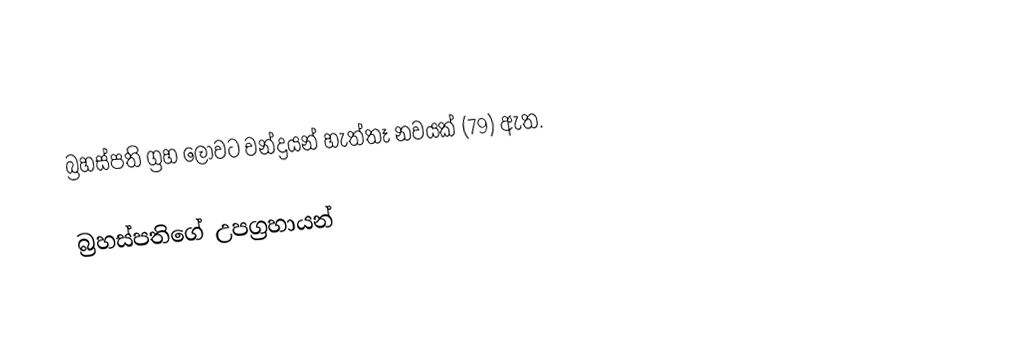
බ්‍රහස්පති ග්‍රහ ලොවට චන්ද්‍රයන් හැත්තෑ නවයක් (79) ඇත.

බ්‍රහස්පතිගේ උපග්‍රහායන්